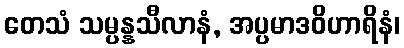
တေသံ သမ္ပန္နသီလာနံ, အပ္ပမာဒဝိဟာရိနံ၊